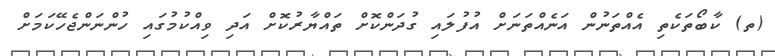
(ތ) ކާބޯތަކެތި އެއްތަނުން އަނެއްތަނަށް އުފުލައި ގުދަންކޮށް ތައްޔާރުކޮށް އަދި ވިއްކުމުގައި ހުންނަންޖެހޭކަމަށް